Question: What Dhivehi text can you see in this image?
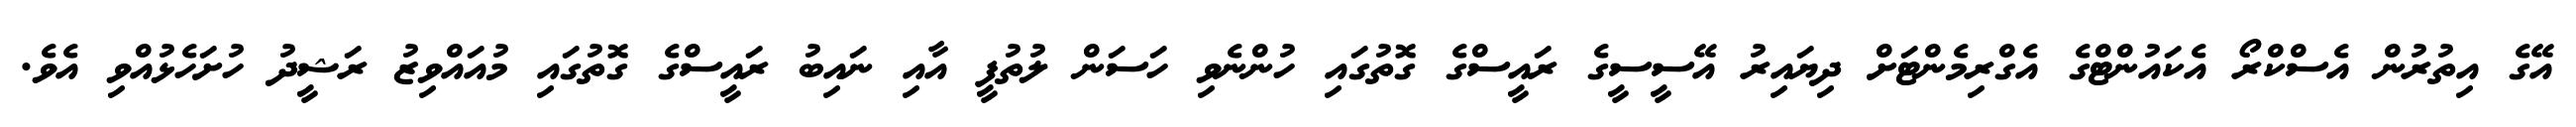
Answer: އޭގެ އިތުރުން އެސްކްރޯ އެކައުންޓްގެ އެގްރިމެންޓަށް ދިޔައިރު އޭސީސީގެ ރައީސްގެ ގޮތުގައި ހުންނެވި ހަސަން ލުތުފީ އާއި ނައިބު ރައީސްގެ ގޮތުގައި މުއައްވިޒު ރަޝީދު ހުށަހެޅުއްވި އެވެ.